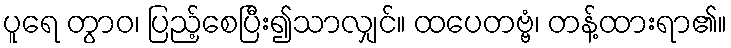
ပူရေ တွာဝ၊ ပြည့်စေပြီး၍သာလျှင်။ ထပေတဗ္ဗံ၊ တန့်ထားရာ၏။